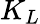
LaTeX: K_{L}